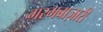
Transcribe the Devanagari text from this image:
गरमबाज़ारी